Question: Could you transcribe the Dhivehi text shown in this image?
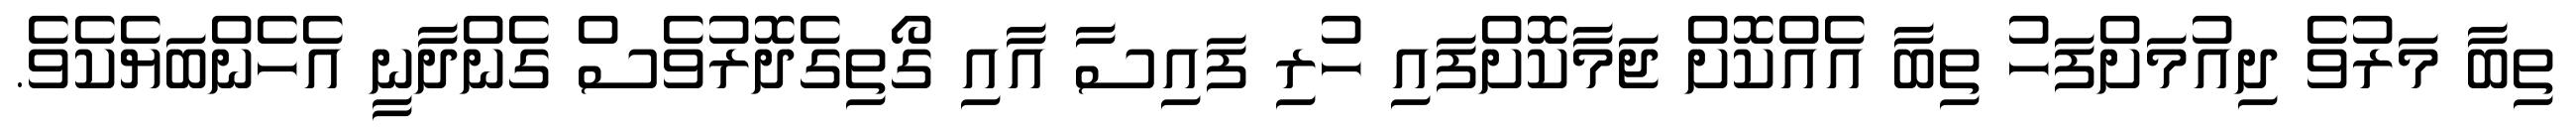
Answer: ތިބާ މަރުވެ ދިއުމަށްފަހު ތިބާ އެއްކޮށް ޖަމާކޮށްފައި ހުރި ފައިސާ އާއި ގޯތިގެދޮރުވެސް ގެންދާނީ އެހެންބަޔެކެވެ.